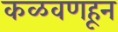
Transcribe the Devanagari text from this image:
कळवणहून